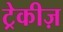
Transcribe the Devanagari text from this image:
ट्रेकीज़